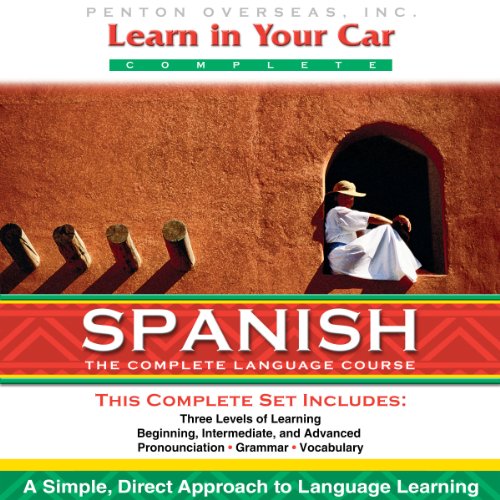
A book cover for Learn in Your Car: Spanish, the Complete Language Course; Henry N. Raymond; Reference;